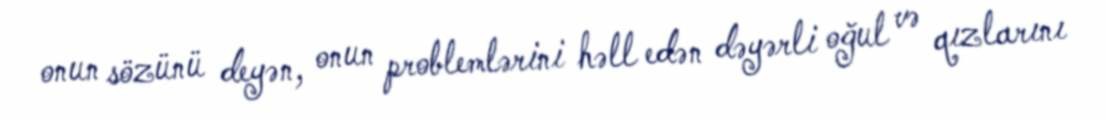
onun sözünü deyən, onun problemlərini həll edən dəyərli oğul və qızlarını